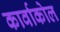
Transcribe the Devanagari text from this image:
कार्वाकोल